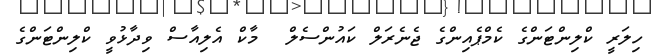
ހިލަރީ ކްލިންޓަންގެ ކެމްޕެއިންގެ ޖެނެރަލް ކައުންސެލް  މާކް އެލިއާސް ވިދާޅުވީ ކްލިންޓަންގެ